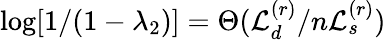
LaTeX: \log[1/(1-\lambda_{2})]=\Theta(\mathcal{L}_{d}^{(r)}/n\mathcal{L}_{s}^{(r)})